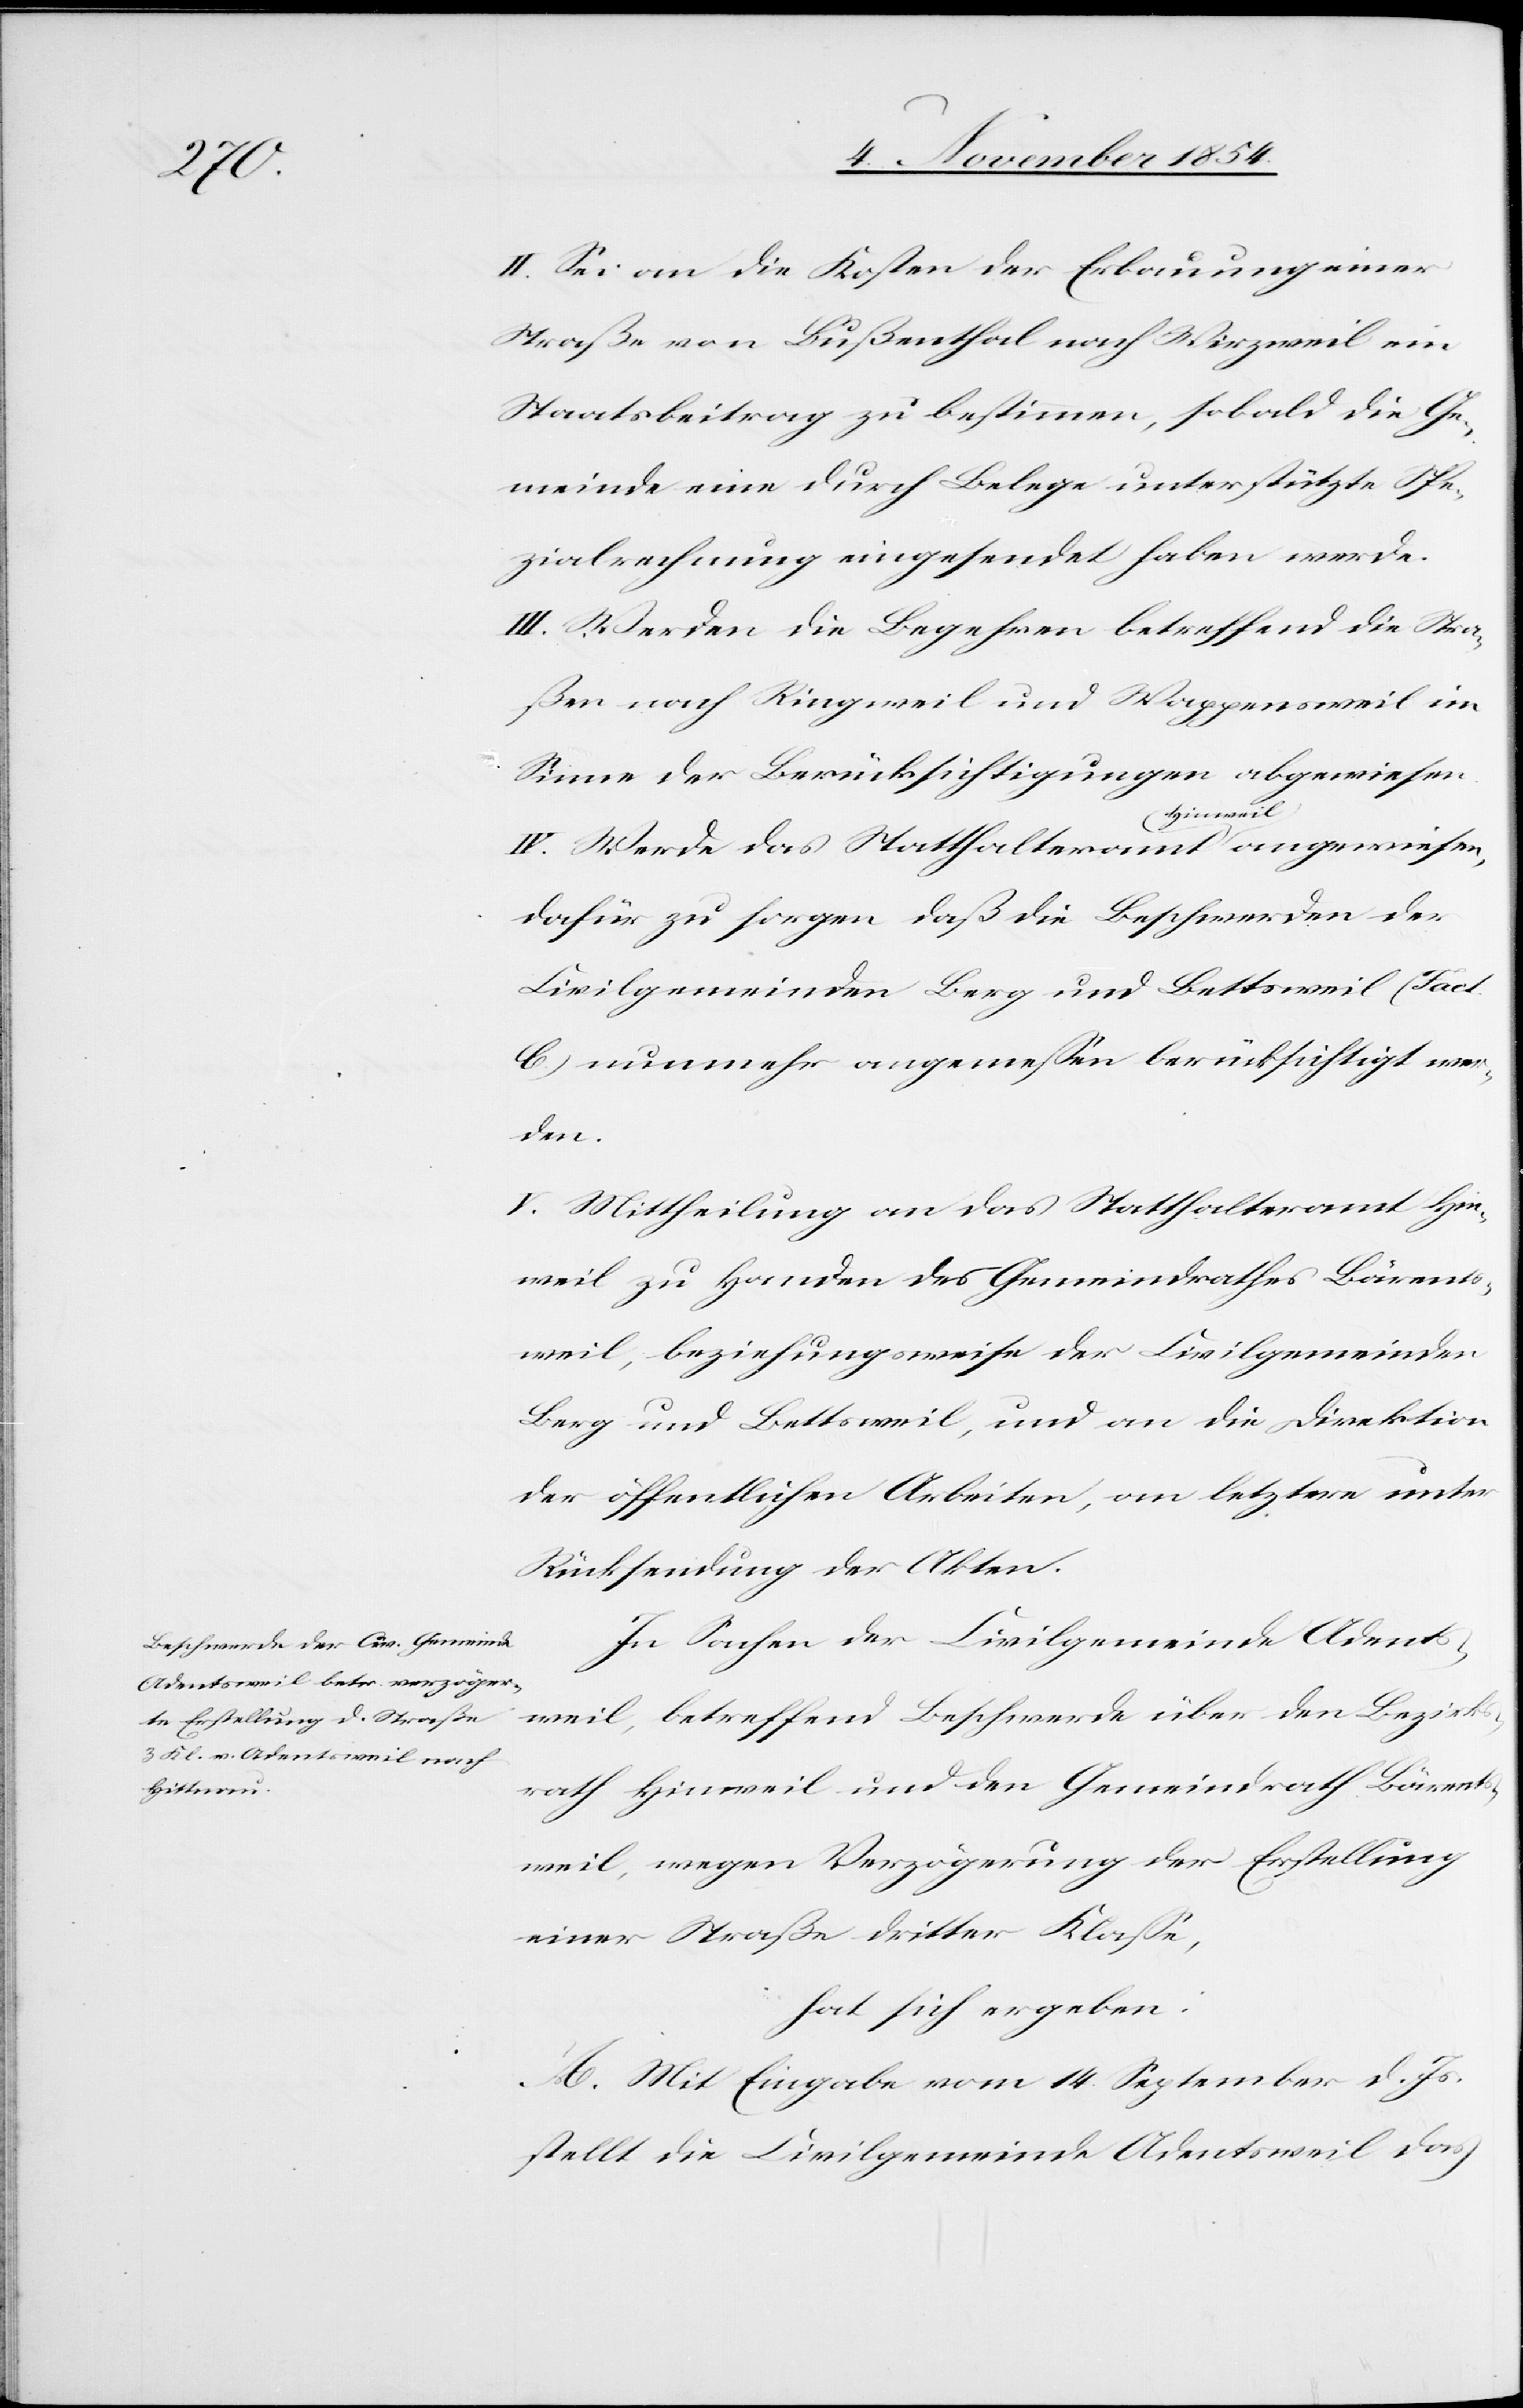
II. Sei an die Kosten der Erbauung einer
Straße von Bußenthal nach Wirzweil ein
Staatsbetrag zu bestimmen, sobald die Ge¬
meinde eine durch Belege unterstützte Spe¬
zialrechnung eingesendet haben werde.
III. Werden die Begehren betreffend die Stra¬
ßen nach Ringweil und Wappensweil im
Sinne der Berücksichtigungen abgewiesen.
IV. Werde das Statthalteramt a-Hinweil-a
dafür zu sorgen daß die Beschwerden der
Civilgemeinden Berg und Bettsweil (Fact.
C) nunmehr angemeßen berücksichtigt wer¬
den.
V. Mittheilung an das Statthalteramt Hin¬
weil zu Handen des Gemeindrathes Bärents¬
weil, beziehungsweise der Civilgemeinden
Berg und Bettsweil, und an die Direktion
der öffentlichen Arbeiten, an letzte unter
Rücksendung der Akten.
In Sachen der Civilgemeinde Adents¬
weil, betreffend Beschwerde über den Bezirks¬
rath Hinweil und den Gemeindrath Bärents¬
weil, wegen Verzögerung der Erstellung
einer Straße dritter Klaße,
hat sich ergeben:
A. Mit Eingabe vom 14. September d. Js.
stellt die Civilgemeinde Adentsweil das